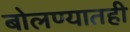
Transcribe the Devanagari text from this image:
बोलण्यातही